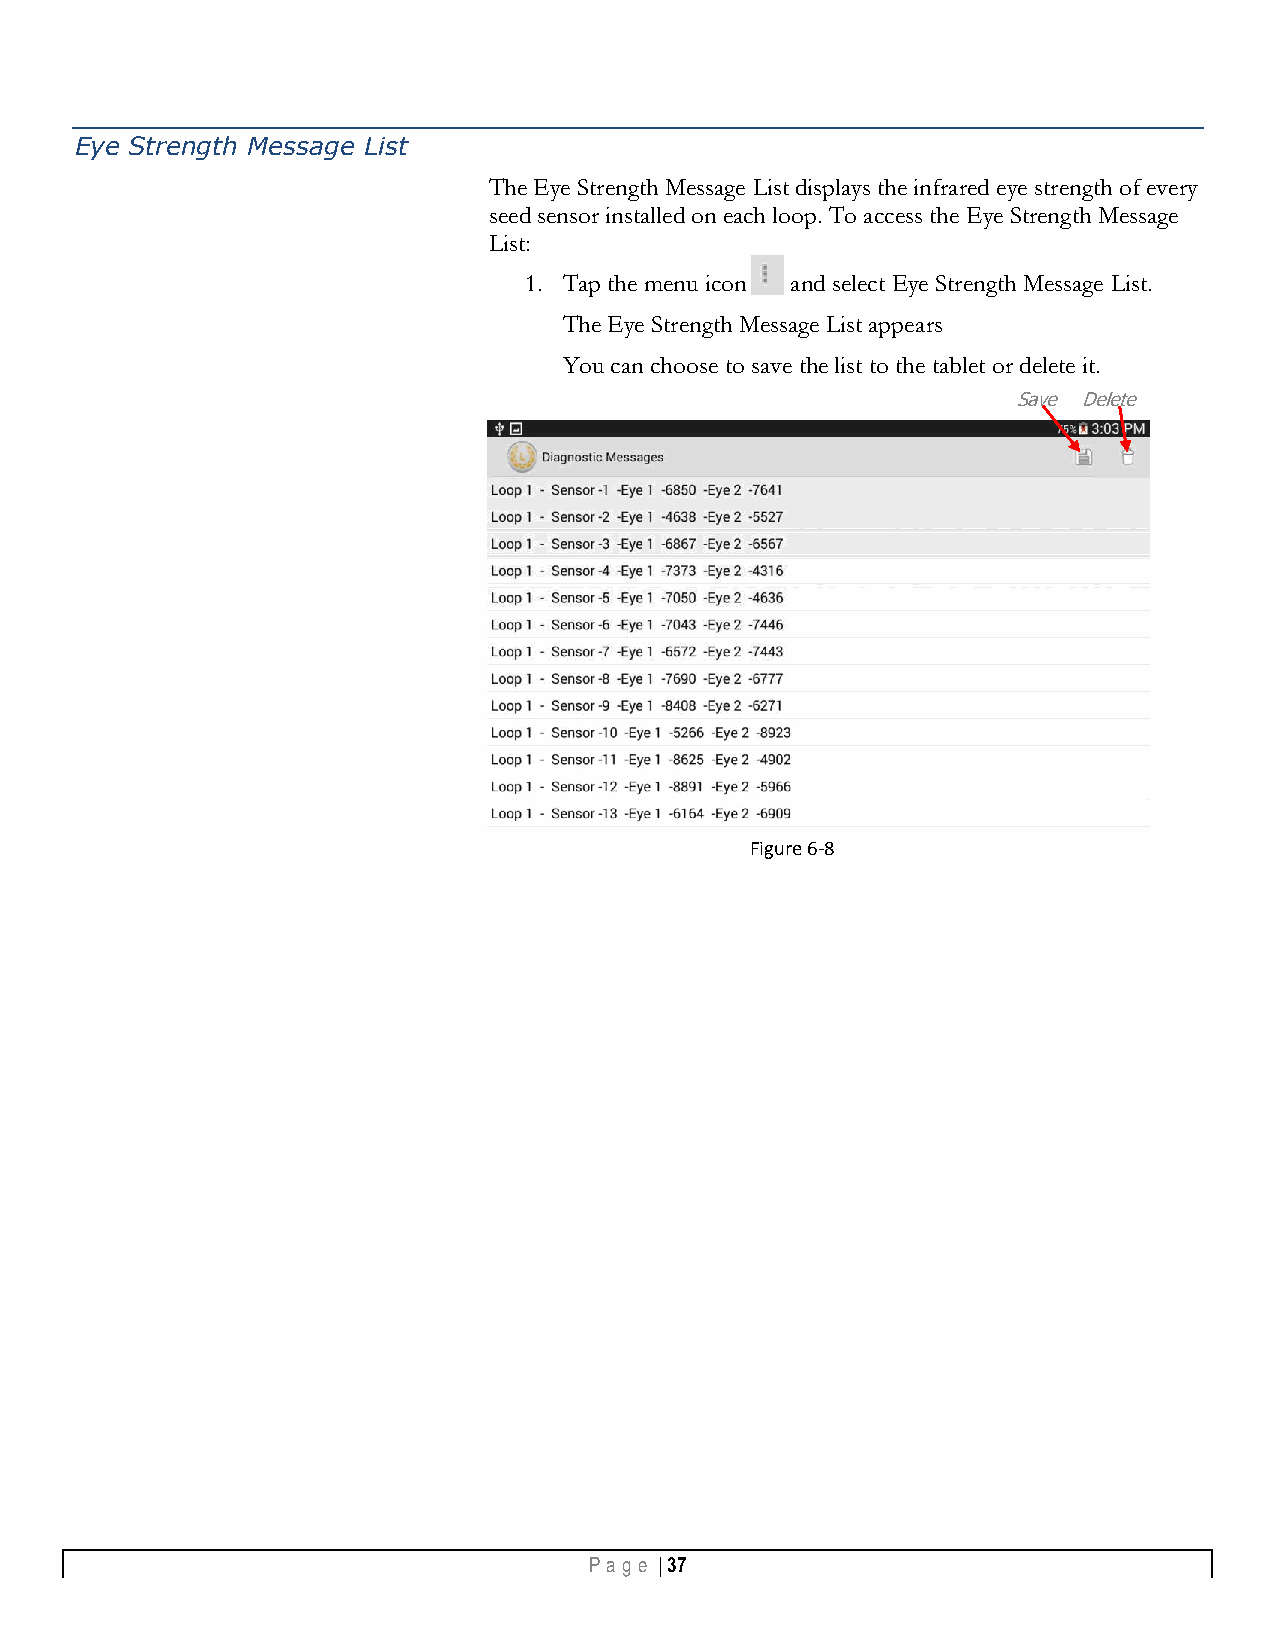
Eye Strength Message List
 The Eye Strength Message List displays the infrared eye strength of every
 seed sensor installed on each loop. To access the Eye Strength Message
 List:
 1. Tap the menu icon and select Eye Strength Message List.
 The Eye Strength Message List appears
 You can choose to save the list to the tablet or delete it.
 Save Delete
 Figure 6-8
 Pa g e | 37